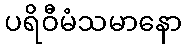
ပရိဝီမံသမာနော